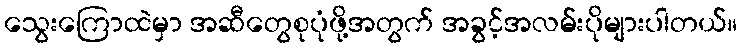
သွေးကြောထဲမှာ အဆီတွေစုပုံဖို့အတွက် အခွင့်အလမ်းပိုများပါတယ်။